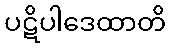
ပဋိပါဒေထာတိ